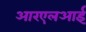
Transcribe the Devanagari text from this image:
आरएलआई